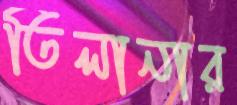
তিলানার